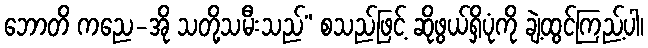
ဘောတိ ကညေ-အို သတို့သမီးသည်” စသည်ဖြင့် ဆိုဖွယ်ရှိပုံကို ချဲ့ထွင်ကြည့်ပါ၊